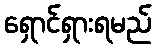
ရှောင်ရှားရမည်